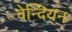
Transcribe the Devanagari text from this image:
वेन्दियन